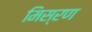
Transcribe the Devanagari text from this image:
मिस्रण